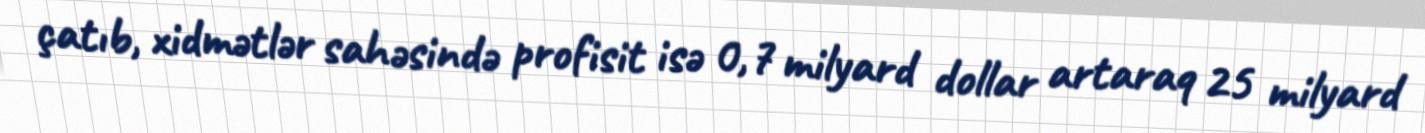
çatıb, xidmətlər sahəsində profisit isə 0,7 milyard dollar artaraq 25 milyard